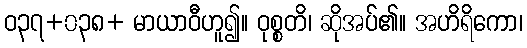
ဝ၃၇+၀၃၈+ မာယာဝီဟူ၍။ ဝုစ္စတိ၊ ဆိုအပ်၏။ အဟိရိကော၊